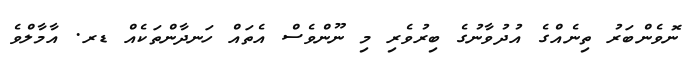
ނޮވެންބަރު ތިނެއްގެ އުދުވާނުގެ ބިރުވެރި މި ނޫންވެސް އެތައް ހަނދާންތަކެއް ޑރ. އާމާލްވެ